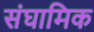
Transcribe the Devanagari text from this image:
संघामिक